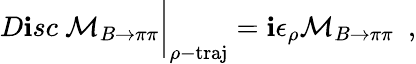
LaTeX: D\mathbf{i}sc~{\cal{M}}_{B\to\pi\pi}\bigg|_{\rho-\mathrm{{traj}}}=\mathbf{i}\epsilon_{\rho}{\cal{M}}_{B\to\pi\pi}\ \ ,